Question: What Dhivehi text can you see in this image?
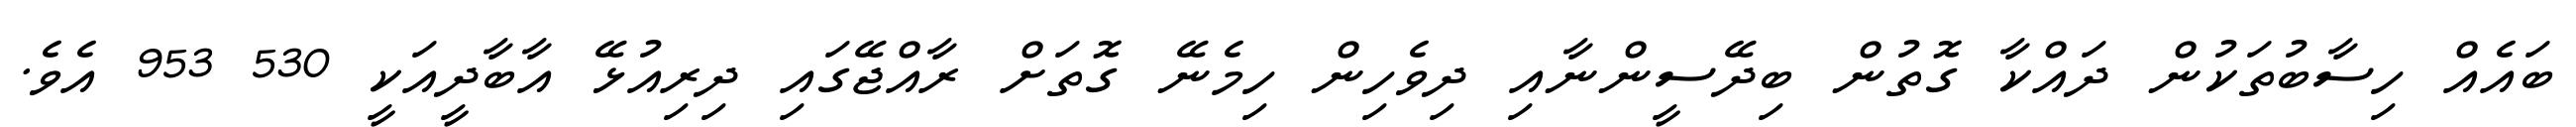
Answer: ބައެއް ހިސާބުތަކުން ދައްކާ ގޮތުން ބިދޭސީންނާއި ދިވެހިން ހިމެނޭ ގޮތަށް ރާއްޖޭގައި ދިރިއުޅޭ އާބާދީއަކީ 530 953 އެވެ.